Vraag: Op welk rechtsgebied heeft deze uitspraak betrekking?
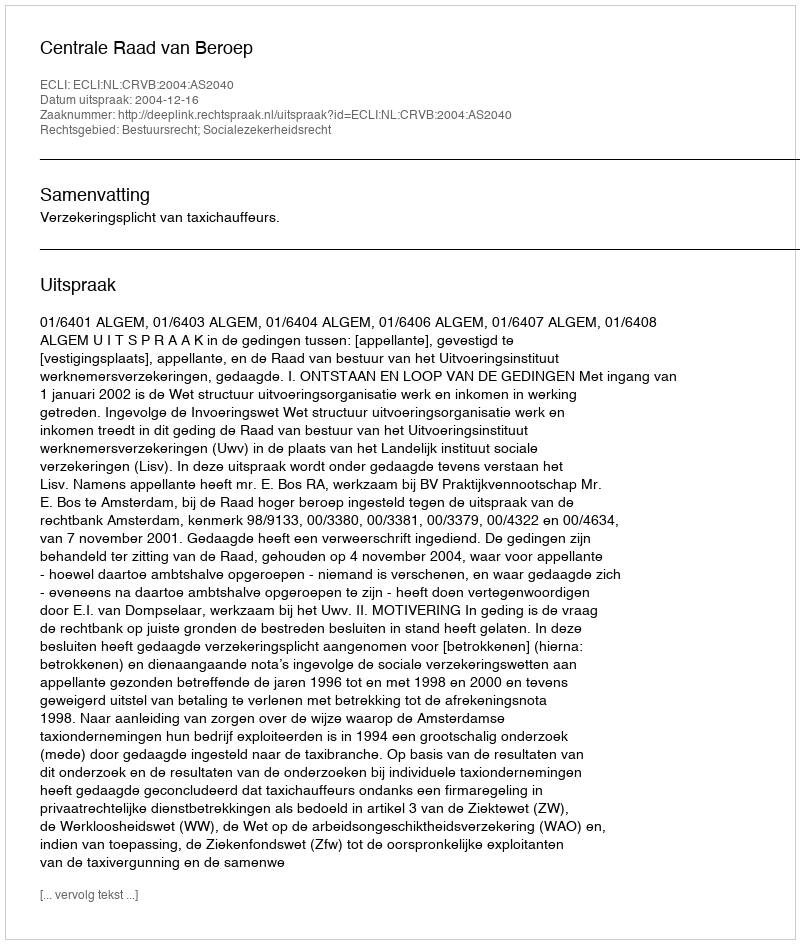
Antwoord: Bestuursrecht; Socialezekerheidsrecht